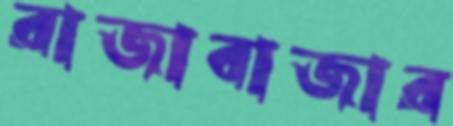
রাজাবাজার